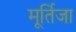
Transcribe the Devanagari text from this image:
मूर्तिजा